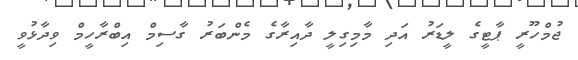
ޖުމްހޫރީ ޕާޓީގެ ލީޑަރު އަދި މާމިގިލީ ދާއިރާގެ މެންބަރު ގާސިމް އިބްރާހީމް ވިދާޅުވީ